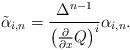
LaTeX: \begin{align*}\tilde\alpha_{i,n}={\Delta^{n-1}\over \left({\partial \over\partial x}Q\right)^{i}}\alpha_{i,n}.\end{align*}